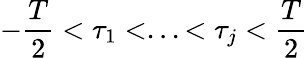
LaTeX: -{\frac{T}{2}}<\tau_{1}<...<\tau_{j}<{\frac{T}{2}}